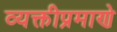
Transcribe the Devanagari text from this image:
व्यक्तीप्रमाणे